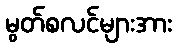
မွတ်စလင်များအား